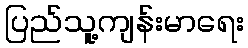
ပြည်သူ့ကျန်းမာရေး